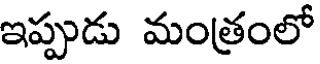
ఇప్పుడు మంత్రంలో